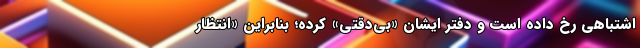
اشتباهی رخ داده است و دفتر ایشان «بی‌دقتی» کرده؛ بنابراین «انتظار